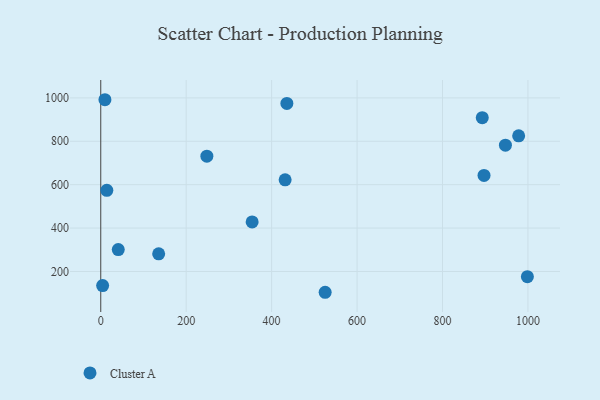
{"axis": {"x": "Investment", "y": "Fuel Efficiency"}, "legend": ["Cluster A"], "data": [{"x": "435.7", "y": 974.5, "type": "Cluster A"}, {"x": "248.4", "y": 731.2, "type": "Cluster A"}, {"x": "947.3", "y": 782.2, "type": "Cluster A"}, {"x": "893.1", "y": 909.0, "type": "Cluster A"}, {"x": "14.2", "y": 574.1, "type": "Cluster A"}, {"x": "9.8", "y": 991.5, "type": "Cluster A"}, {"x": "135.6", "y": 281.3, "type": "Cluster A"}, {"x": "897.2", "y": 642.5, "type": "Cluster A"}, {"x": "431.6", "y": 622.2, "type": "Cluster A"}, {"x": "4.4", "y": 134.8, "type": "Cluster A"}, {"x": "41.0", "y": 301.1, "type": "Cluster A"}, {"x": "978.3", "y": 825.2, "type": "Cluster A"}, {"x": "525.3", "y": 104.1, "type": "Cluster A"}, {"x": "998.7", "y": 176.2, "type": "Cluster A"}, {"x": "354.4", "y": 428.5, "type": "Cluster A"}]}